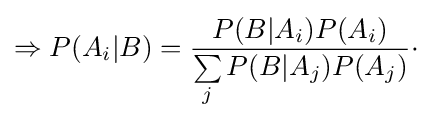
\Rightarrow P(A_{i}|B)={\frac {P(B|A_{i})P(A_{i})}{\sum \limits _{j}P(B|A_{j})P(A_{j})}}\cdot